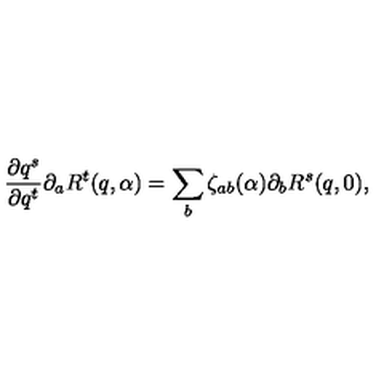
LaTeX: \frac { \partial q ^ { s } } { \partial q ^ { t } } \partial _ { a } R ^ { t } ( q , \alpha ) = \sum _ { b } \zeta _ { a b } ( \alpha ) \partial _ { b } R ^ { s } ( q , 0 ) ,